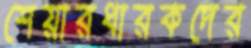
শেয়ারধারকদের